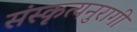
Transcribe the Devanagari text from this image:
संस्कृत्यनुरागी